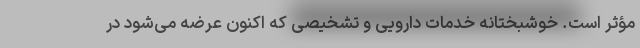
مؤثر است. خوشبختانه خدمات دارویی و تشخیصی که اکنون عرضه می‌شود در